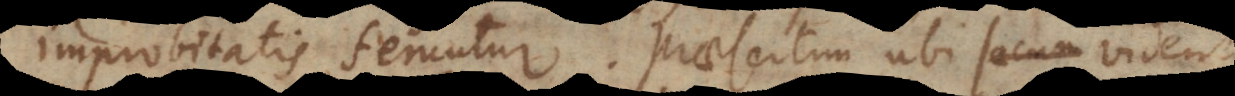
improbitatis feruntur. Praesertim ubi vident